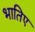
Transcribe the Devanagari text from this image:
भातिए